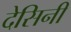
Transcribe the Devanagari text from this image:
देसिनी